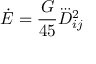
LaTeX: \dot { E } = \frac { G } { 4 5 } \dddot { D } _ { i j } ^ { 2 }